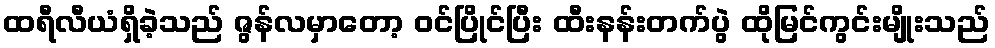
ထရီလီယံရှိခဲ့သည် ဇွန်လမှာတော့ ဝင်ပြိုင်ပြီး ထီးနန်းတက်ပွဲ ထိုမြင်ကွင်းမျိုးသည်